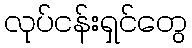
လုပ်ငန်းရှင်တွေ